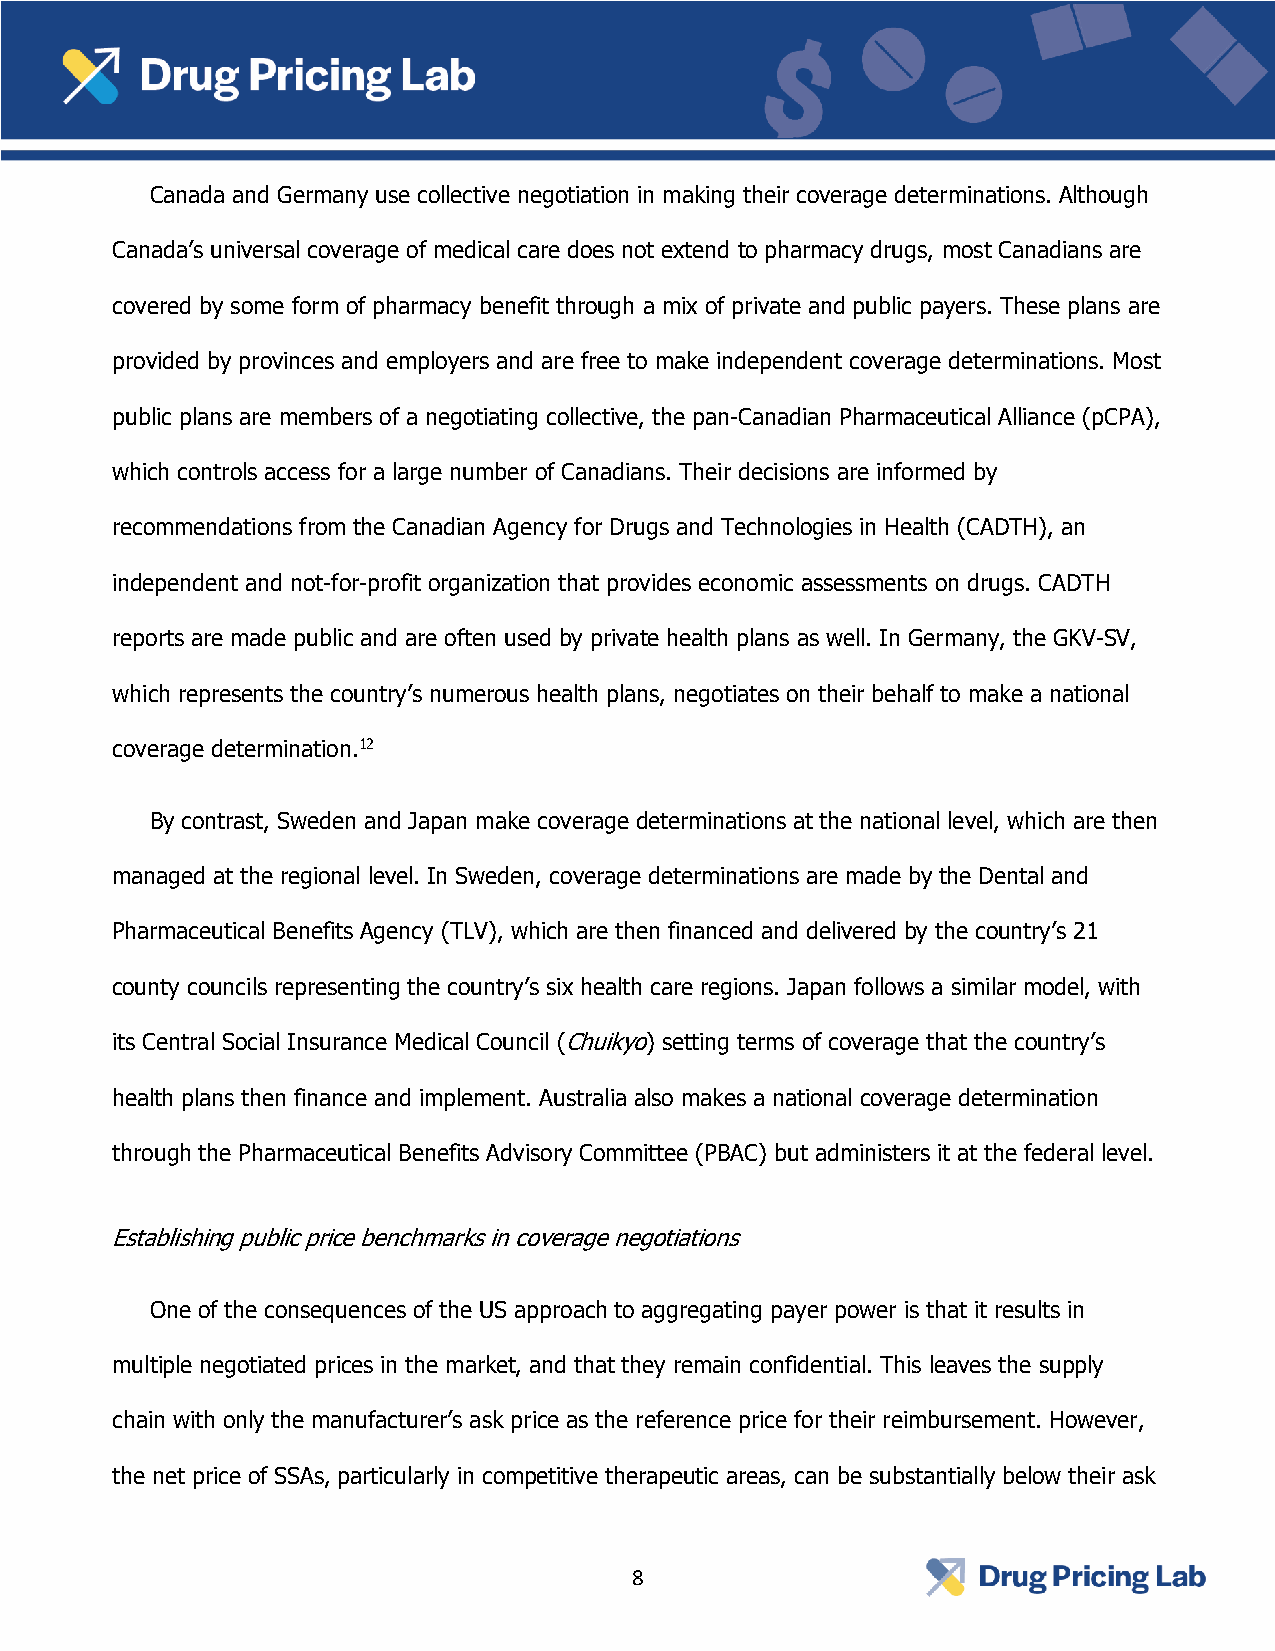
Canada and Germany use collective negotiation in making their coverage determinations. Although
 Canada’s universal coverage of medical care does not extend to pharmacy drugs, most Canadians are
 covered by some form of pharmacy benefit through a mix of private and public payers. These plans are
 provided by provinces and employers and are free to make independent coverage determinations. Most
 public plans are members of a negotiating collective, the pan-Canadian Pharmaceutical Alliance (pCPA),
 which controls access for a large number of Canadians. Their decisions are informed by
 recommendations from the Canadian Agency for Drugs and Technologies in Health (CADTH), an
 independent and not-for-profit organization that provides economic assessments on drugs. CADTH
 reports are made public and are often used by private health plans as well. In Germany, the GKV-SV,
 which represents the country’s numerous health plans, negotiates on their behalf to make a national
 coverage determination.12
 By contrast, Sweden and Japan make coverage determinations at the national level, which are then
 managed at the regional level. In Sweden, coverage determinations are made by the Dental and
 Pharmaceutical Benefits Agency (TLV), which are then financed and delivered by the country’s 21
 county councils representing the country’s six health care regions. Japan follows a similar model, with
 its Central Social Insurance Medical Council (Chuikyo) setting terms of coverage that the country’s
 health plans then finance and implement. Australia also makes a national coverage determination
 through the Pharmaceutical Benefits Advisory Committee (PBAC) but administers it at the federal level.
 Establishing public price benchmarks in coverage negotiations
 One of the consequences of the US approach to aggregating payer power is that it results in
 multiple negotiated prices in the market, and that they remain confidential. This leaves the supply
 chain with only the manufacturer’s ask price as the reference price for their reimbursement. However,
 the net price of SSAs, particularly in competitive therapeutic areas, can be substantially below their ask
 8